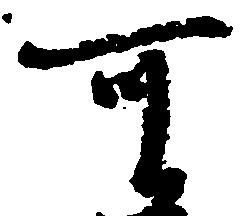
可